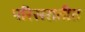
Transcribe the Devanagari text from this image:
परिसरातीत